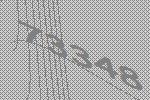
73348